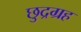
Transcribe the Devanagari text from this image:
छुद्रग्रह